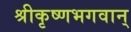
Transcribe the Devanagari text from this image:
श्रीकृष्णभगवान्